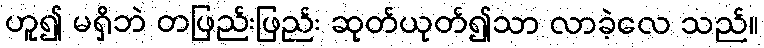
ဟူ၍ မရှိဘဲ တဖြည်းဖြည်း ဆုတ်ယုတ်၍သာ လာခဲ့လေ သည်။